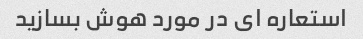
استعاره ای در مورد هوش بسازید